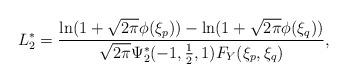
LaTeX: \begin{align*} L_{2}^{\ast}&=\frac{\ln(1+\sqrt{2\pi}\phi(\xi_{p}))-\ln(1+\sqrt{2\pi}\phi(\xi_{q}))}{\sqrt{2\pi}\Psi_{2}^{\ast}(-1,\frac{1}{2},1)F_{Y}(\xi_{p},\xi_{q})},\end{align*}